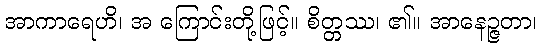
အာကာရေဟိ၊ အ ကြောင်းတို့ဖြင့်။ စိတ္တဿ၊ ၏။ အာနေဉ္ဇတာ၊